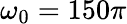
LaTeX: \omega_{0}=150\pi